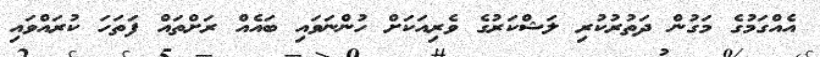
އެއްގަމުގެ މަގުން ދަތުރުކުރި ލަޝްކަރުގެ ވެރިއަކަށް ހުންނަވައި ބައެއް ރަށްތައް ފަތަހަ ކުރައްވައި